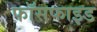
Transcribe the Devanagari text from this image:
फॉसफाइड